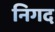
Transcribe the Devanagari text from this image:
निगद